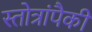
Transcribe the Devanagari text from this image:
स्तोत्रांपैकी